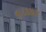
નાટકકાર